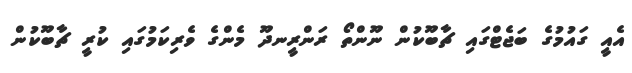
އެއީ ގައުމުގެ ބަޖެޓްގައި ޗާބޫކުން ނޫންތޯ ރަންރީނދޫ މެންގެ ވެރިކަމުގައި ކުރީ ޗާބޫކުން